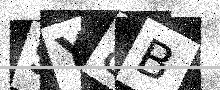
Text: SY8B